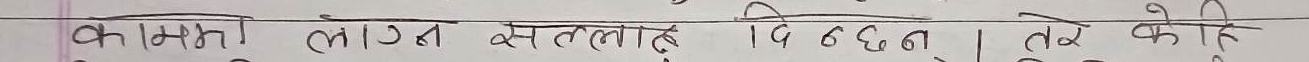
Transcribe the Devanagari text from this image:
कमिनी लागन् सल्लाह दिइन्छन् तर केही